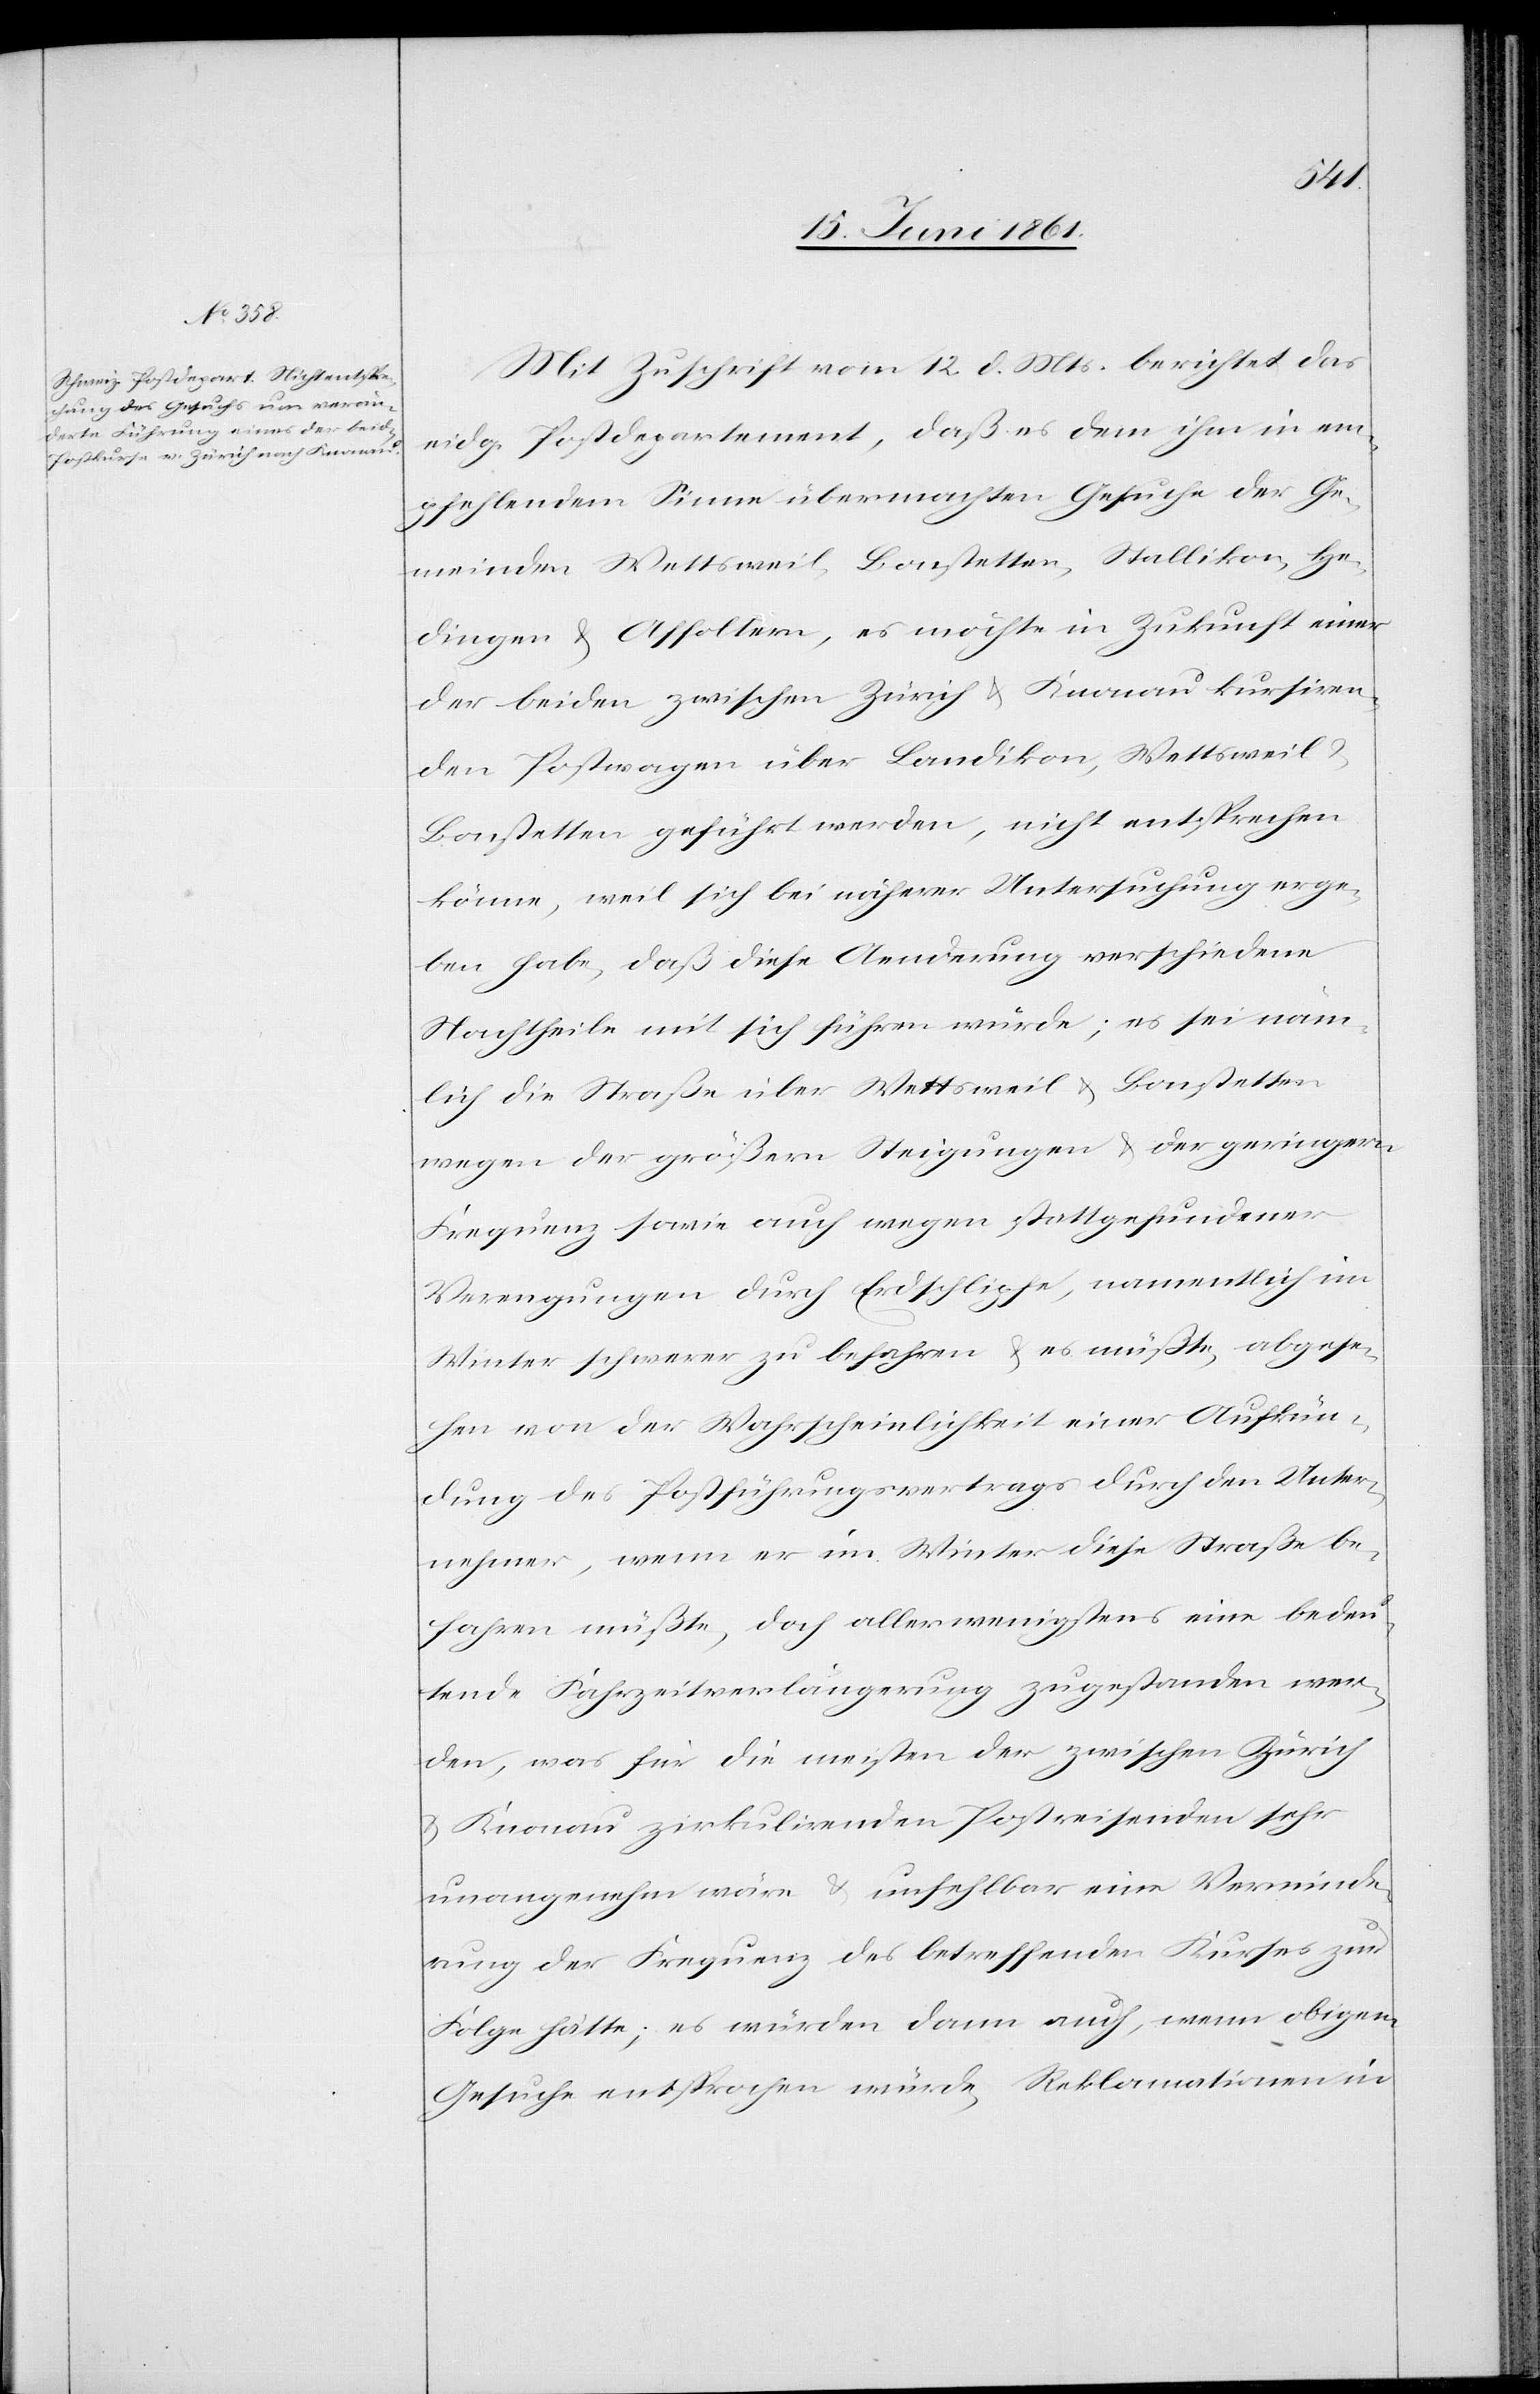
Mit Zuschrift vom 12. d. Mts. berichtet das
eidg. Postdepartement, daß es dem ihm in em¬
pfehlendem Sinne übermachten Gesuche der Ge¬
meinden Wettsweil-Bonstetten, Stallikon, He¬
dingen u. Affoltern, es möchte in Zukunft einer
der beiden zwischen Zürich u. Knonau kursiren¬
den Postwagen über Landikon, Wettsweil u.
Bonstetten geführt werden, nicht entsprechen
könne, weil sich bei näherer Untersuchung erge¬
ben habe, daß diese Aenderung verschiedene
Nachtheile mit sich führen würde; es sei näm¬
lich die Straße über Wettsweil u. Bonstetten
wegen den größern Steigungen u. der geringern
Frequenz sowie auch wegen stattgefundener
Verengungen durch Erdschlipfe, namentlich im
Winter schwerer zu befahren u. es müßte, abgese¬
hen von der Wahrscheinlichkeit einer Aufkün¬
dung des Postführungsvertrags durch den Unter¬
nehmer, wenn er im Winter diese Straße be¬
fahren müßte, doch aller wenigstens seine bedeu¬
tende Fahrzeitverlängerung zugestanden wer¬
den, was für die meisten der zwischen Zürich
u. Knonau zirkulirenden Postreisenden sehr
unangenehm wäre u. unfehlbar eine Verminde¬
rung der Frequenz des betreffenden Kurses zur
Folge hätte; es würden dann auch, wenn obigem
Gesuche entsprochen würde, Reklamationen in